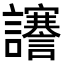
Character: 𧮎